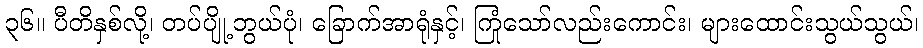
၃၆။ ပီတိနှစ်လို့၊ တပ်ပျို့ဘွယ်ပုံ၊ ခြောက်အာရုံနှင့်၊ ကြုံသော်လည်းကောင်း၊ များထောင်းသွယ်သွယ်၊